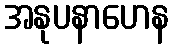
အနုပနာဟေန